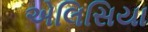
એલિસિયા